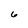
Character: 6